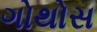
ગોથોસ